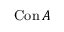
\operatorname { C o n } A